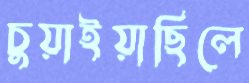
চুয়াইয়াছিলে